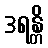
ဒရန္တိ